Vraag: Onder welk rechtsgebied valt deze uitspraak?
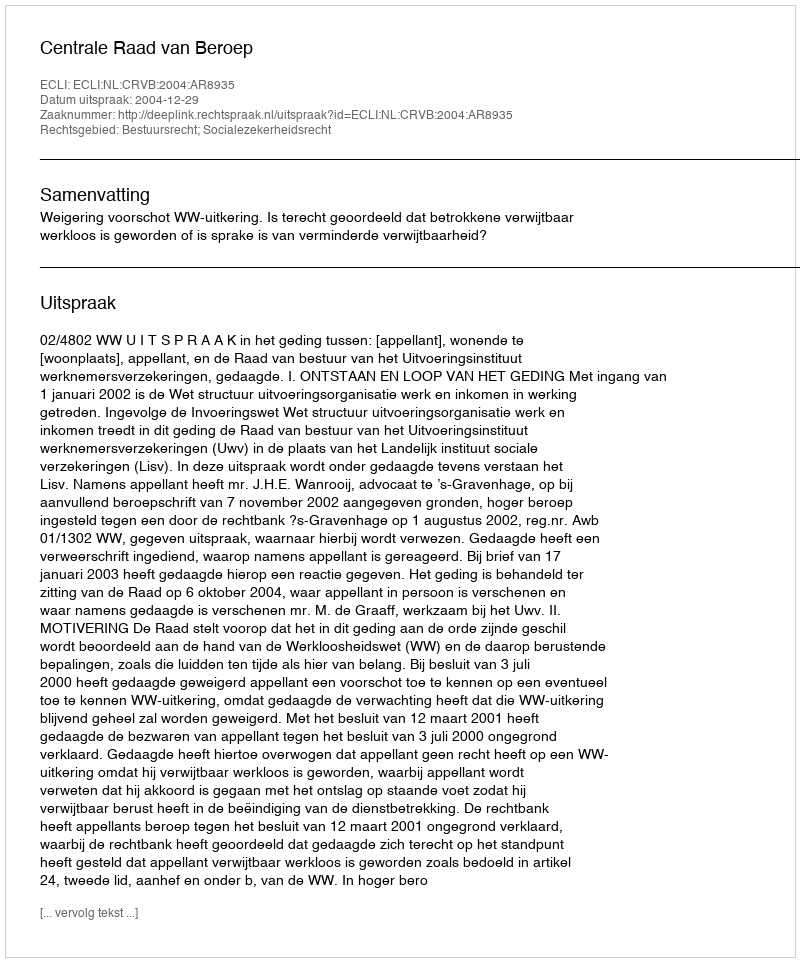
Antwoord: Bestuursrecht; Socialezekerheidsrecht